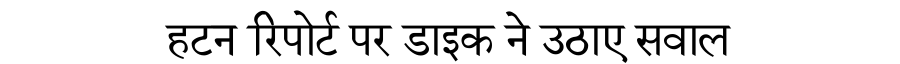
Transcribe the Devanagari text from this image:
हटन रिपोर्ट पर डाइक ने उठाए सवाल